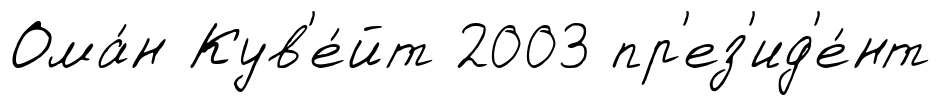
Ома́н Кув'е́йт 2003 пр'ез'ид'е́нт